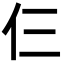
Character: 仨